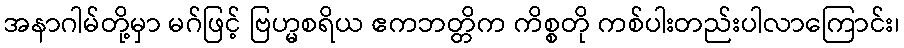
အနာဂါမ်တို့မှာ မဂ်ဖြင့် ဗြဟ္မစရိယ ဧကဘတ္တိက ကိစ္စတို ကစ်ပါးတည်းပါလာကြောင်း၊